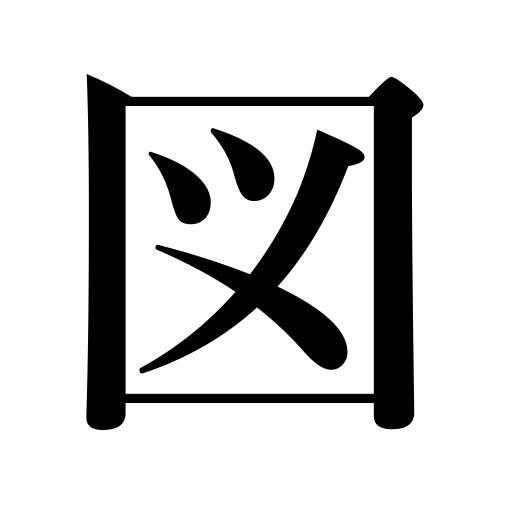
Meanings: sound,deceive,drawing,scheme,aim at,cut,graph,weigh,have in mind,diagram,figure,compute,measure,illustration,counsel with,chart,plan,gauge,estimate,devise,impose on,fathom